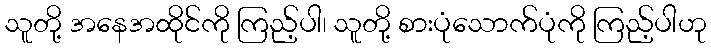
သူတို့ အနေအထိုင်ကို ကြည့်ပါ၊ သူတို့ စားပုံသောက်ပုံကို ကြည့်ပါဟု